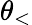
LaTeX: \theta_{<}